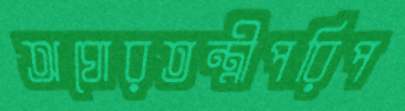
অঘোরতন্ত্রীপরিপ